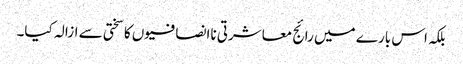
بلکہ اس بارے میں رائج معاشرتی ناانصافیوں کا سختی سے ازالہ کیا۔